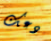
دعك